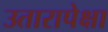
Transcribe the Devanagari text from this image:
उतारापेक्षा